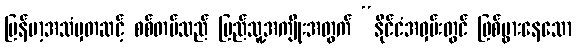
မြန်မာ့အသံမှတဆင့် စစ်တပ်သည် ပြည်သူ့အကျိုးအတွက် “နိုင်ငံအဝှမ်းတွင် ဖြစ်ပွားနေသော